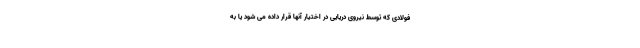
فولادی که توسط نیروی دریایی در اختیار آنها قرار داده می شود یا به